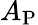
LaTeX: A_{\mathrm{P}}